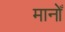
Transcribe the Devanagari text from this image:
मानोँ